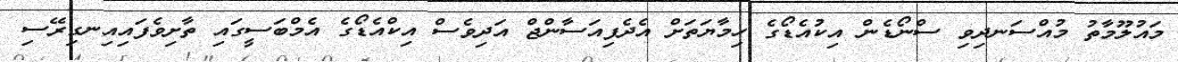
މައުލޫމާތު މުއްސަނދިވި ސްނޯޑެން އިކުއެޑޯގެ ހިމާޔަތަށް އެދެފިއަސާންޖް އަދިވެސް އިކްއެޑޯގެ އެމްބަސީގައި ތާށިވެފައިއިނގިރޭސި